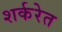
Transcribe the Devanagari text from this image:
शर्करेत